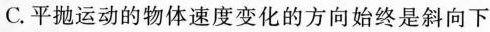
C.平抛运动的物体速度变化的方向始终是斜向下